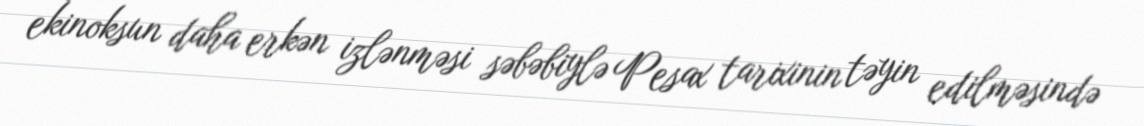
ekinoksun daha erkən izlənməsi səbəbiylə Pesax tarixinin təyin edilməsində